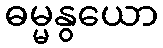
ဓမ္မနွယော